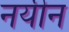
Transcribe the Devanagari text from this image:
नयीन